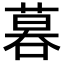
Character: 𠻚